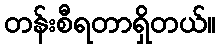
တန်းစီရတာရှိတယ်။